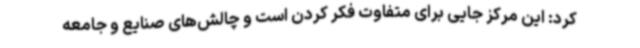
کرد: این مرکز جایی برای متفاوت فکر کردن است و چالش‌های صنایع و جامعه